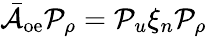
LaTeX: \bar{\mathcal{A}}_{\mathrm{oe}}\mathcal{P}_{\rho}=\mathcal{P}_{u}\xi_{n}\mathcal{P}_{\rho}